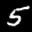
Label: 5